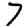
Digit: 7